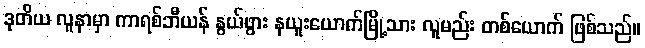
ဒုတိယ လူနာမှာ ကာရစ်ဘီယန် နွယ်ဖွား နယူးယောက်မြို့သား လူမည်း တစ်ယောက် ဖြစ်သည်။